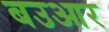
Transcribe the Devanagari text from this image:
बउआर